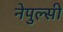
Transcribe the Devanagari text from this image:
नेपुल्सी